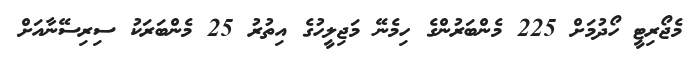
މެޖޯރިޓީ ހޯދުމަށް 225 މެންބަރުންގެ ހިމެނޭ މަޖިލީހުގެ އިތުރު 25 މެންބަރަކު ސިރިސޭނާއަށް